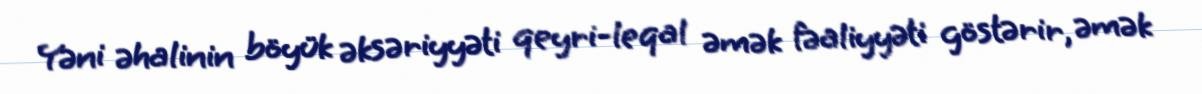
Yəni əhalinin böyük əksəriyyəti qeyri-leqal əmək fəaliyyəti göstərir, əmək